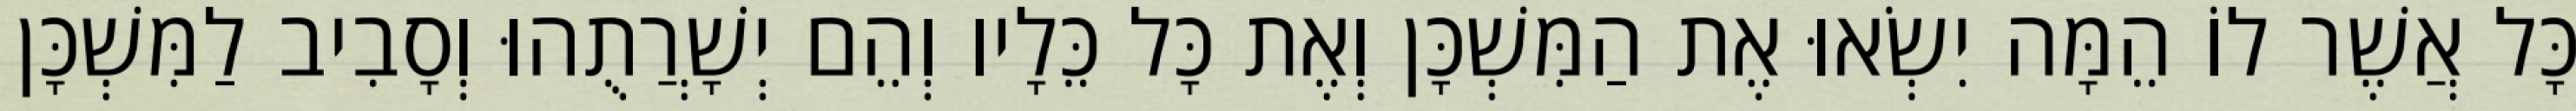
כָּל אֲשֶׁר לוֹ הֵמָּה יִשְׂאוּ אֶת הַמִּשְׁכָּן וְאֶת כָּל כֵּלָיו וְהֵם יְשָׁרֲתֻהוּ וְסָבִיב לַמִּשְׁכָּן